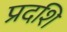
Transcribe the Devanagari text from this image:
प्रदशि